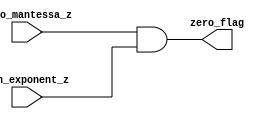
module zero_flag_block_2 (zero_mantessa_z , min_exponent_z , zero_flag);
input zero_mantessa_z , min_exponent_z;
output reg zero_flag;
always@(*)
begin
    zero_flag = zero_mantessa_z & min_exponent_z;
end
endmodule